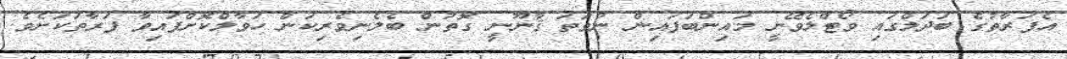
އެފަރާތުގެ ބަދަލްގައި ވޯޓްލެވޭނީ މައިންބަފައިން ނުވަތަ ޤާނޫނީ ގޮތުން ބެލެނިވެރިކަން ހަވާލްކޮށްފައިވާ ފަރާތަކަށެވެ.